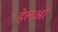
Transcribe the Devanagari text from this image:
हेलओ